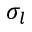
\sigma _ { l }